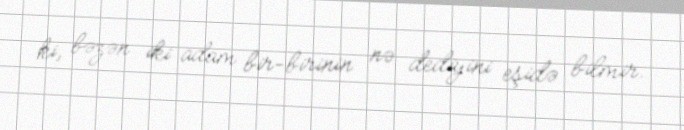
ki, bəzən iki adam bir-birinin nə dediyini eşidə bilmir.